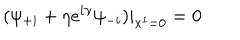
( \psi _ { + i } + \eta e ^ { i \gamma } \psi _ { - i } ) | _ { x ^ { 1 } = 0 } = 0